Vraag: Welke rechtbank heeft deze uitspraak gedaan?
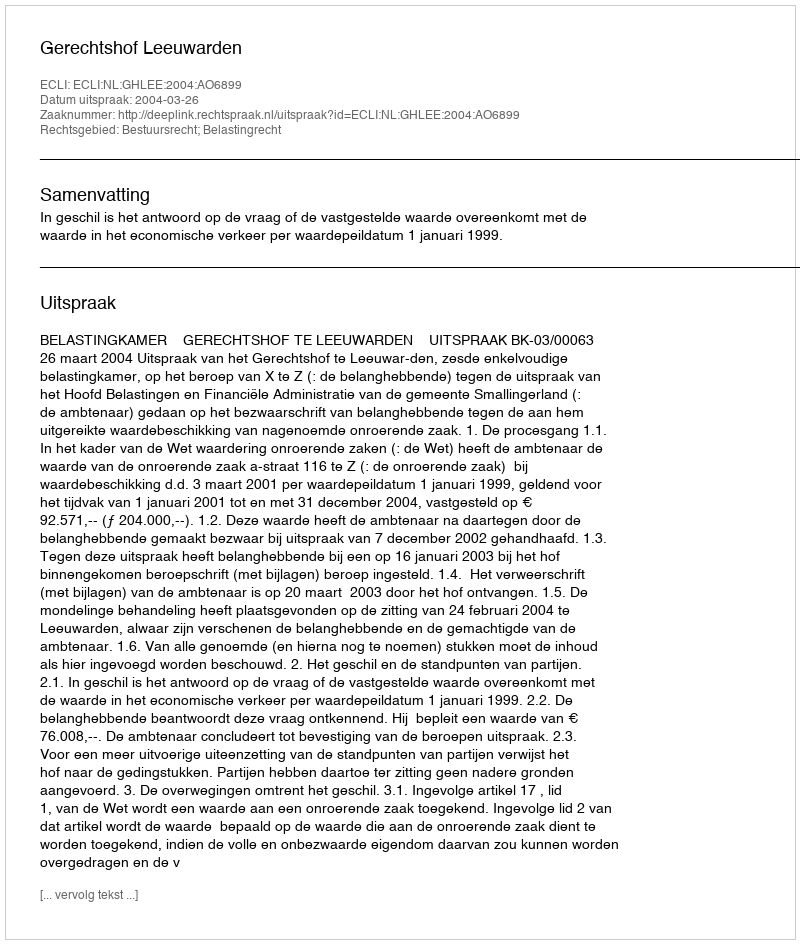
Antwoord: Gerechtshof Leeuwarden